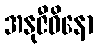
အနုဇီဝိနော